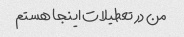
من در تعطیلات اینجا هستم